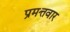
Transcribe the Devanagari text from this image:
प्रमत्तवार